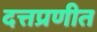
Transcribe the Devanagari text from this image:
दत्तप्रणीत